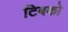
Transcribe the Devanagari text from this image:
टिबको